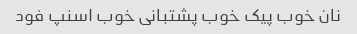
نان خوب پیک خوب پشتبانی خوب اسنپ فود